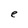
Character: e